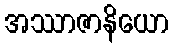
အဿာဇာနိယော